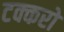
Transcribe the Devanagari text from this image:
टक्करो